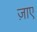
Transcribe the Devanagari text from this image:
ज़ाए